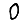
Digit: 0